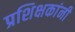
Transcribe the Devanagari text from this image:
प्रशिक्षकांनी